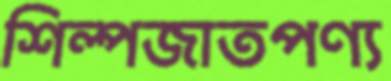
শিল্পজাতপণ্য